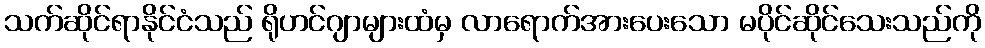
သက်ဆိုင်ရာနိုင်ငံသည် ရိုဟင်ဂျာများထံမှ လာရောက်အားပေးသော မပိုင်ဆိုင်သေးသည်ကို